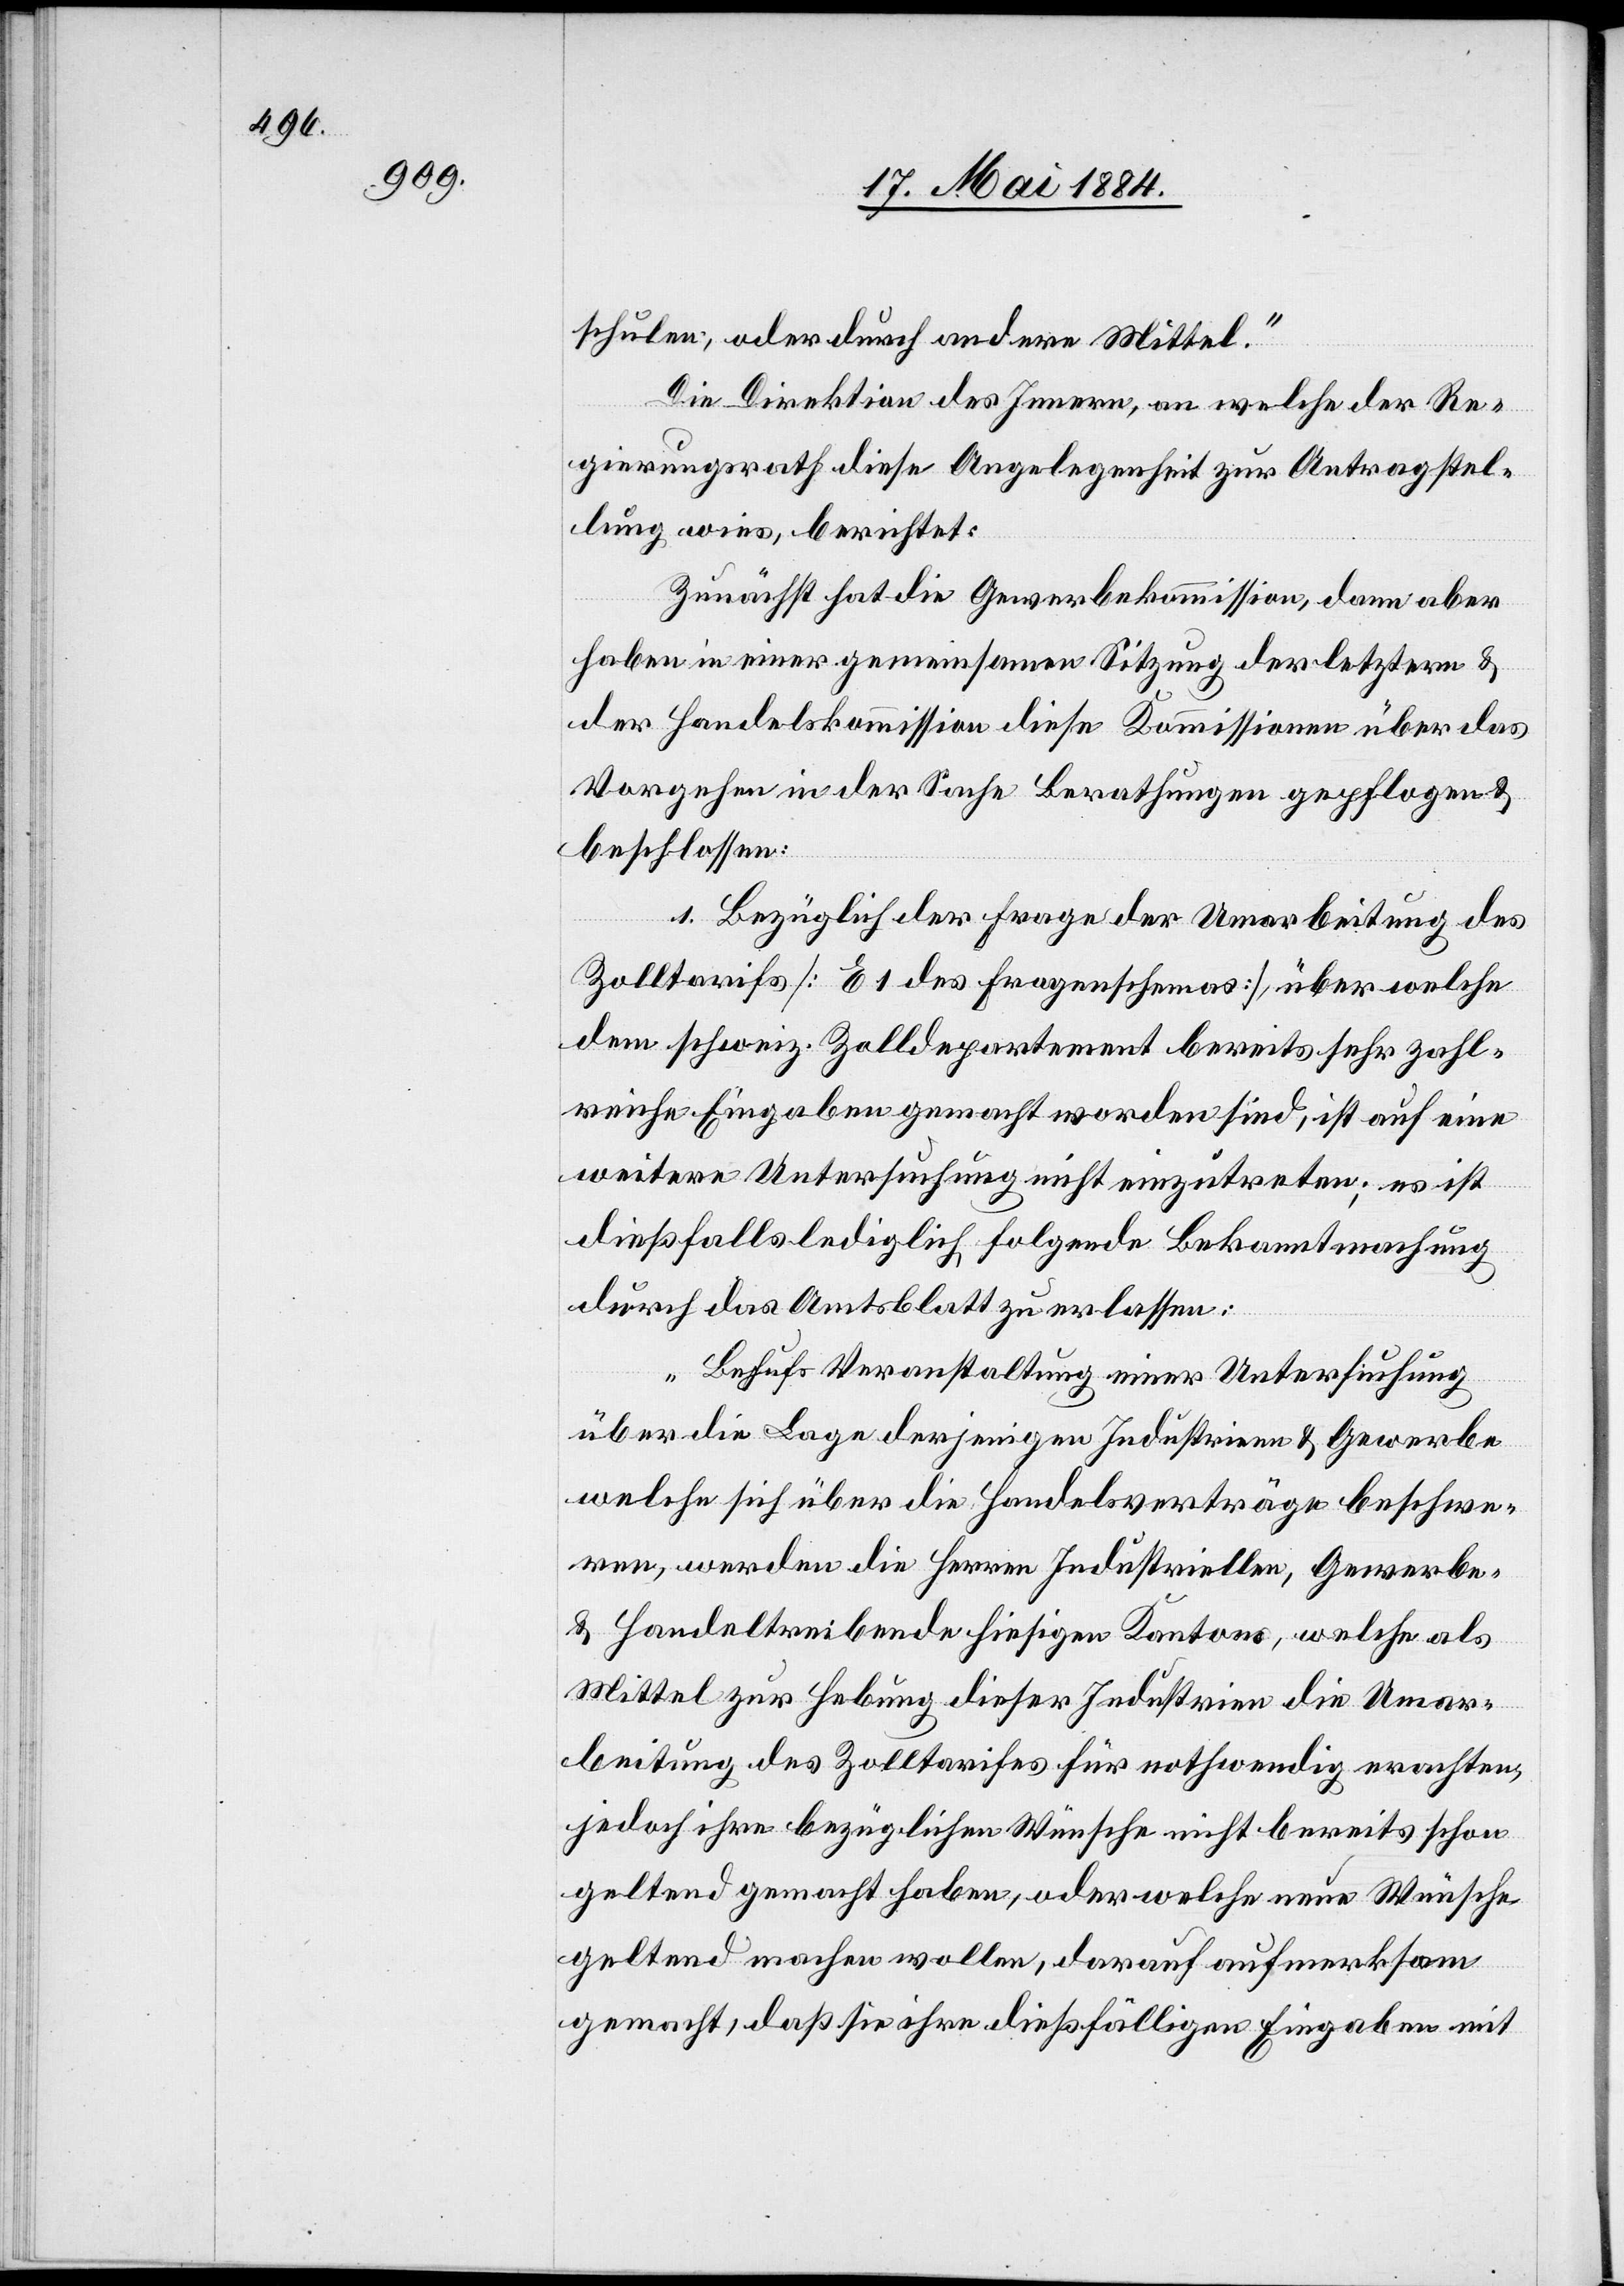
schulen, oder durch andere Mittel.“
Die Direktion des Innern, an welche der Re¬
gierungsrath diese Angelegenheit zur Antragstel¬
lung wies, berichtet:
Zunächst hat die Gewerbekommission, dann aber
haben in einer gemeinsamen Sitzung der letztern &
der Handelskommission diese Kommissionen über das
Vorgehen in der Sache Berathungen gepflogen &
beschlossen:
1. Bezüglich der Frage der Umarbeitung des
Zolltarifs [E 1 des Fragenschemas] über welche
dem schweiz. Zolldepartement bereits sehr zahl¬
reiche Eingaben gemacht worden sind, ist auf eine
weitere Untersuchung nicht einzutreten; es ist
dießfalls lediglich folgende Bekanntmachung
durch das Amtsblatt zu erlassen:
„Behufs Veranstaltung einer Untersuchung
über die Lage derjenigen Industrien & Gewerbe
welche sich über die Handelsverträge beschwe¬
ren, werden die Herren Industriellen, Gewerbe-
& Handeltreibende hiesigen Kantons, welche als
Mittel zur Hebung dieser Industrien die Umar¬
beitung des Zolltarifes für nothwendig erachten,
jedoch ihre bezüglichen Wünsche nicht bereits schon
geltend gemacht haben, oder welche neue Wünsche
geltend machen wollen, darauf aufmerksam
gemacht, daß sie ihre dießfälligen Eingaben mit